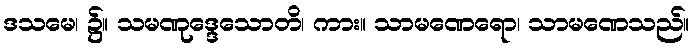
ဒသမေ၊ ၌။ သမဏုဒ္ဒေသောတိ၊ ကား။ သာမဏေရော၊ သာမဏေသည်။